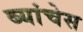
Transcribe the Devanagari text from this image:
ब्यांचेस